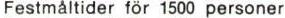
Festmåltider för 1500 personer